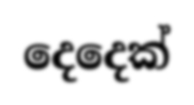
දෙදෙක්